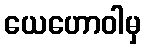
ယေဟောဝါမှ